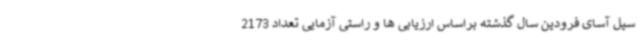
سیل آسای فرودین سال گذشته براساس ارزیابی ها و راستی آزمایی تعداد 2173